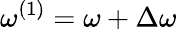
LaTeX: \omega^{(1)}=\omega+\Delta\omega